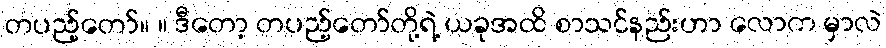
တပည့်တော်။ ။ ဒီတော့ တပည့်တော်တို့ရဲ့ ယခုအထိ စာသင်နည်းဟာ လောက မှာလဲ